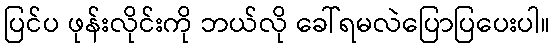
ပြင်ပ ဖုန်းလိုင်းကို ဘယ်လို ခေါ်ရမလဲပြောပြပေးပါ။